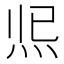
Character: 𤇐